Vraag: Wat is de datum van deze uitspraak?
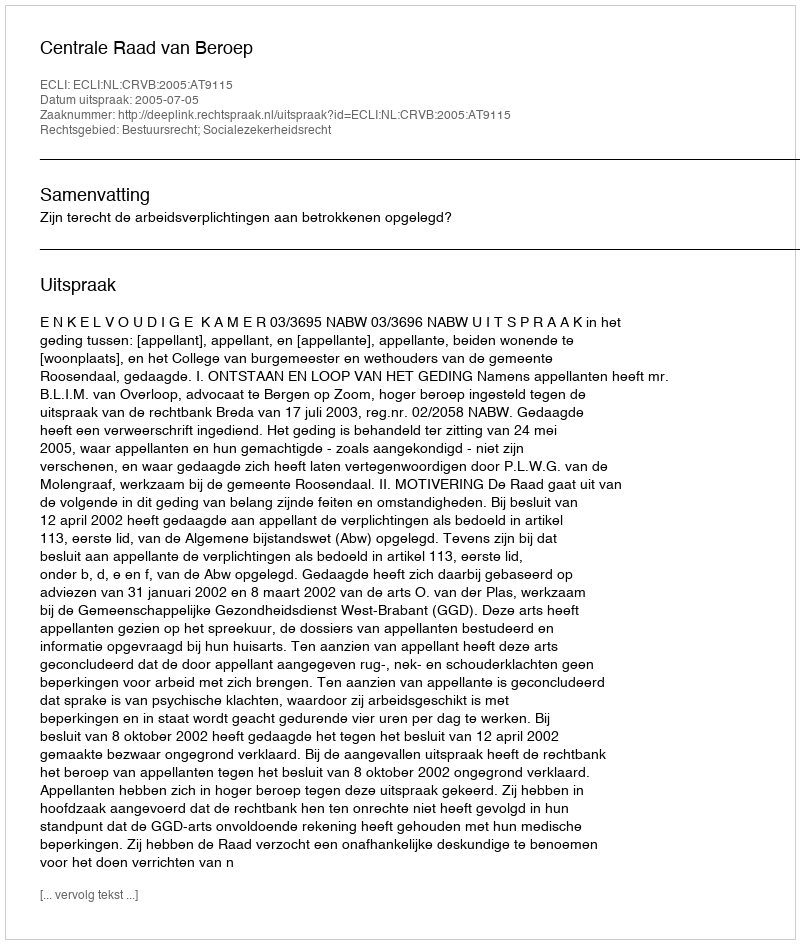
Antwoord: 2005-07-05